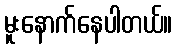
မူးနောက်နေပါတယ်။